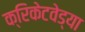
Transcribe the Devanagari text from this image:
क्रिकेटवेड्या